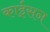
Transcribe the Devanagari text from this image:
काईसन